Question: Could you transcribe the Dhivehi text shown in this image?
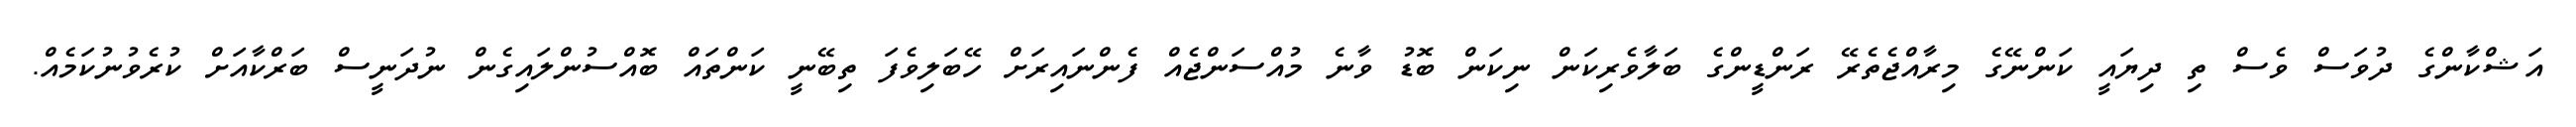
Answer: އަޝްކާންގެ ދުވަސް ވެސް ތި ދިޔައީ ކަންނޭގެ މިރާއްޖެތެރޭ ރަންޑީންގެ ބަލާވެރިކަން ނިކަން ބޮޑު ވާނެ މުއްސަންޖެއް ފެންނައިރަށް ހޭބަލިވެފަ ތިބޭނީ ކަންތައް ބޮއްސުންލައިގެން ނުދަނީސް ބަރްކާއަށް ކުރެވުނުކަމެއް.